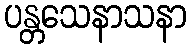
ပန္တသေနာသနာ